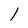
Character: 1